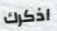
اذكرك